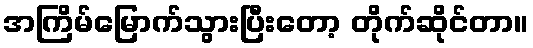
အကြိမ်မြောက်သွားပြီးတော့ တိုက်ဆိုင်တာ။